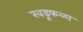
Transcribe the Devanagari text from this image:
खडूफळा